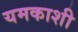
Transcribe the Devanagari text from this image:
यमकाशी